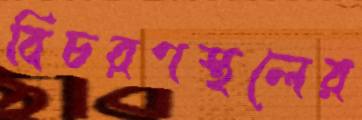
বিচরণস্থলের